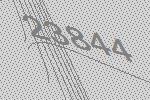
23844